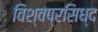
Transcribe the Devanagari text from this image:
विश्वप्रसिध्द